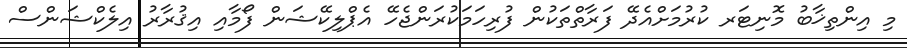
މި އިންތިޚާބު މޮނިޓަރ ކުރުމަށްއެދޭ ފަރާތްތަކުން ފުރިހަމަކުރަންޖެހޭ އެޕްލިކޭޝަން ފޯމާއި އިޤުރާރު އިލެކްޝަންސް